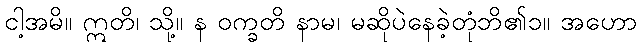
ငါ့အမိ။ ဣတိ၊ သို့။ န ဝက္ခတိ နာမ၊ မဆိုပဲနေခဲ့တုံဘိ၏၁။ အဟော